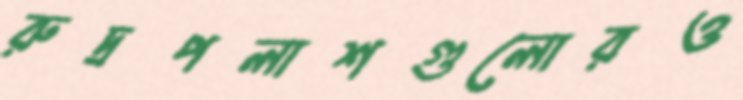
রুদ্রপলাশগুলোরও